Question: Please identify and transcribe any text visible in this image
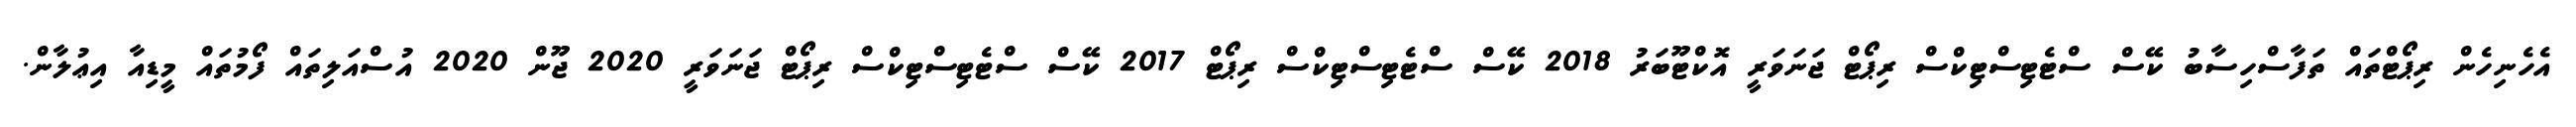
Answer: އެހެނިހެން ރިޕޯޓްތައް ތަފާސްހިސާބު ކޭސް ސްޓެޓިސްޓިކްސް ރިޕޯޓް ޖަނަވަރީ އޮކްޓޫބަރު 2018 ކޭސް ސްޓެޓިސްޓިކްސް ރިޕޯޓް 2017 ކޭސް ސްޓެޓިސްޓިކްސް ރިޕޯޓް ޖަނަވަރީ 2020 ޖޫން 2020 އުސްއަލިތައް ފޯމުތައް މީޑިއާ އިޢުލާން.